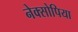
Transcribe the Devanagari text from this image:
नेक्सोपिया